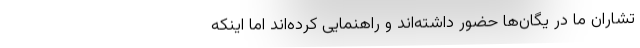
تشاران ما در یگان‌ها حضور داشته‌اند و راهنمایی کرده‌اند اما اینکه